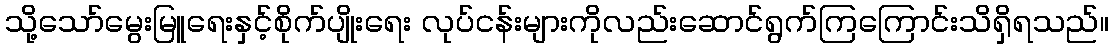
သို့သော်မွေးမြူရေးနှင့်စိုက်ပျိုးရေး လုပ်ငန်းများကိုလည်းဆောင်ရွက်ကြကြောင်းသိရှိရသည်။